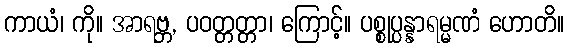
ကာယံ၊ ကို။ အာရဗ္ဘ, ပဝတ္တတ္တာ၊ ကြောင့်။ ပစ္စုပ္ပန္နာရမ္မဏံ ဟောတိ။